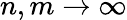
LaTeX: n,m\rightarrow\infty